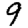
Digit: 9